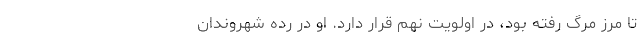
تا مرز مرگ رفته بود، در اولویت‌ نهم قرار دارد. او در رده شهروندان